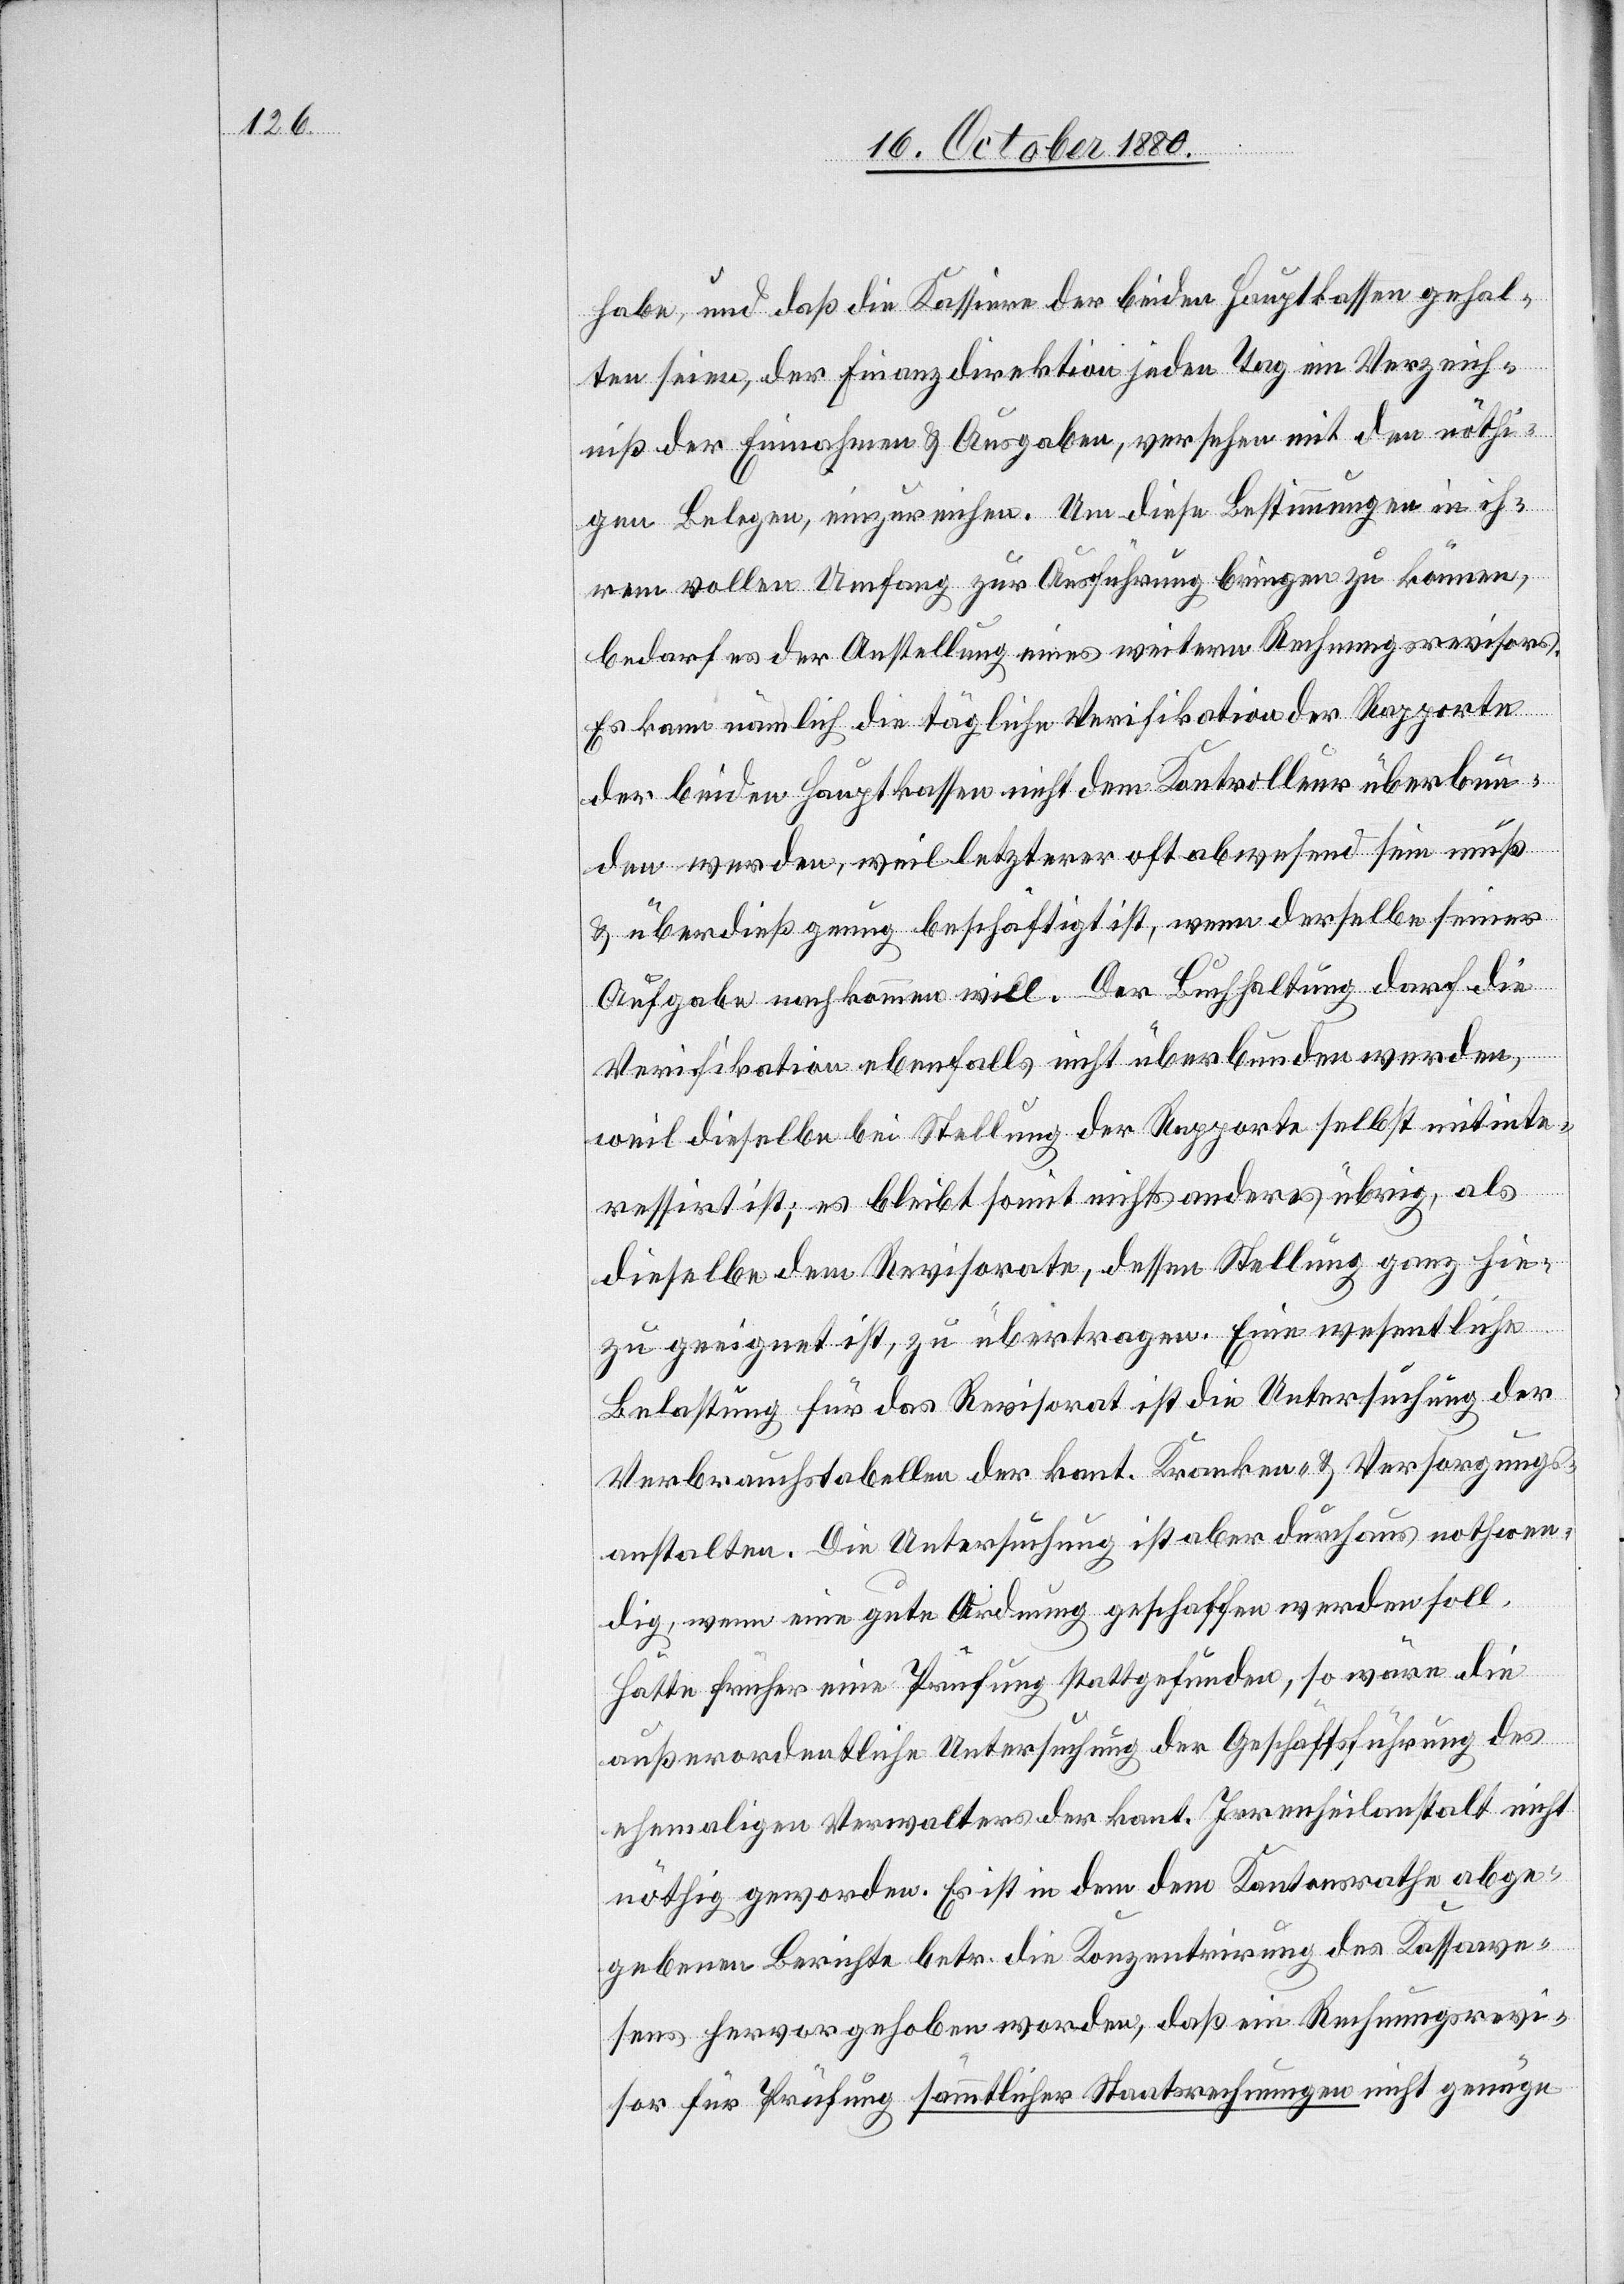
habe, und daß die Kassiere der beiden Hauptkassen gehal¬
ten seien, der Finanzdirektion jeden Tag ein Verzeich¬
niß der Einnahmen & Ausgaben, versehen mit den nöthi¬
gen Belegen, einzureichen. Um diese Bestimmungen in ih¬
rem vollen Umfang zur Ausführung bringen zu können,
bedarf es der Anstellung eines weitern Rechnungsrevisors.
Es kann nämlich die tägliche Verifikation der Rapporte
der beiden Hauptkassen nicht dem Kontrolleur überbun¬
den werden, weil letzterer oft abwesend sein muß
& überdieß genug beschäftigt ist, wenn derselbe seiner
Aufgabe nachkommen will. Der Buchhaltung darf die
Verifikation ebenfalls nicht überbunden werden,
weil dieselbe bei Stellung der Rapporte selbst mitinte¬
ressirt ist; es bleibt somit nichts anderes übrig, als
dieselbe dem Revisorate, dessen Stellung ganz hie¬
zu geeignet ist, zu übertragen. Eine wesentliche
Belastung für das Revisorat ist die Untersuchung der
Verbrauchstabelle der kant. Kranken- & Versorgungs¬
anstalten. Die Untersuchung ist aber durchaus nothwen¬
dig, wenn eine gute Ordnung geschaffen werden soll.
Hätte früher eine Prüfung stattgefunden, so wäre die
außerordentliche Untersuchung der Geschäftsführung des
ehemaligen Verwalters der kant. Irrenheilanstalt nicht
nöthig geworden. Es ist in dem dem Kantonsrathe abge¬
gebenen Berichte betr. die Konzentrirung des Kassawe¬
sens hervorgehoben worden, daß ein Rechnungsrevi¬
sor für Prüfung sämmtlicher Staatsrechnungen nicht genüge